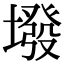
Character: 墢